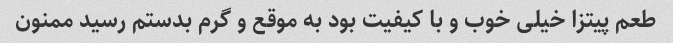
طعم پیتزا خیلی خوب و با کیفیت بود به موقع و گرم بدستم رسید ممنون